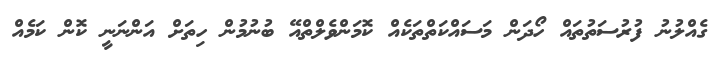
ގެއްލުނު ފުރުސަތުތައް ހޯދަން މަސައްކަތްތަކެއް ކޮމަންވެލްތްއޭ ބުނުމުން ހިތަށް އަންނަނީ ކޮން ކަމެއް